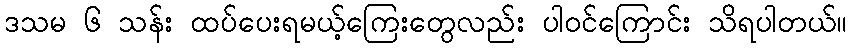
ဒသမ ၆ သန်း ထပ်ပေးရမယ့်ကြေးတွေလည်း ပါဝင်ကြောင်း သိရပါတယ်။